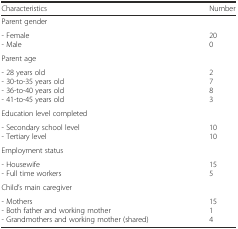
<table><thead><tr><td><b>Characteristics</b></td><td><b>Number</b></td></tr></thead><tbody><tr><td colspan="2">Parent gender</td></tr><tr><td>- Female- Male</td><td>200</td></tr><tr><td colspan="2">Parent age</td></tr><tr><td>- 28 years old- 30-to-35 years old- 36-to-40 years old- 41-to-45 years old</td><td>2783</td></tr><tr><td colspan="2">Education level completed</td></tr><tr><td>- Secondary school level- Tertiary level</td><td>1010</td></tr><tr><td colspan="2">Employment status</td></tr><tr><td>- Housewife- Full time workers</td><td>155</td></tr><tr><td colspan="2">Child’s main caregiver</td></tr><tr><td>- Mothers- Both father and working mother- Grandmothers and working mother (shared)</td><td>1514</td></tr></tbody></table>